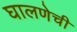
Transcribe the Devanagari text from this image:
घालणेची